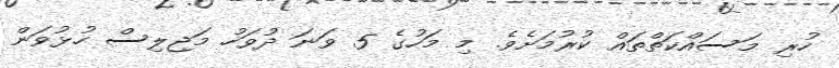
ހުރި މަސައްކަތްތައް ކުރުމަށެވެ. މި މަހުގެ 5 ވަނަ ދުވަހު މަޖިލިސް ހުޅުވަން